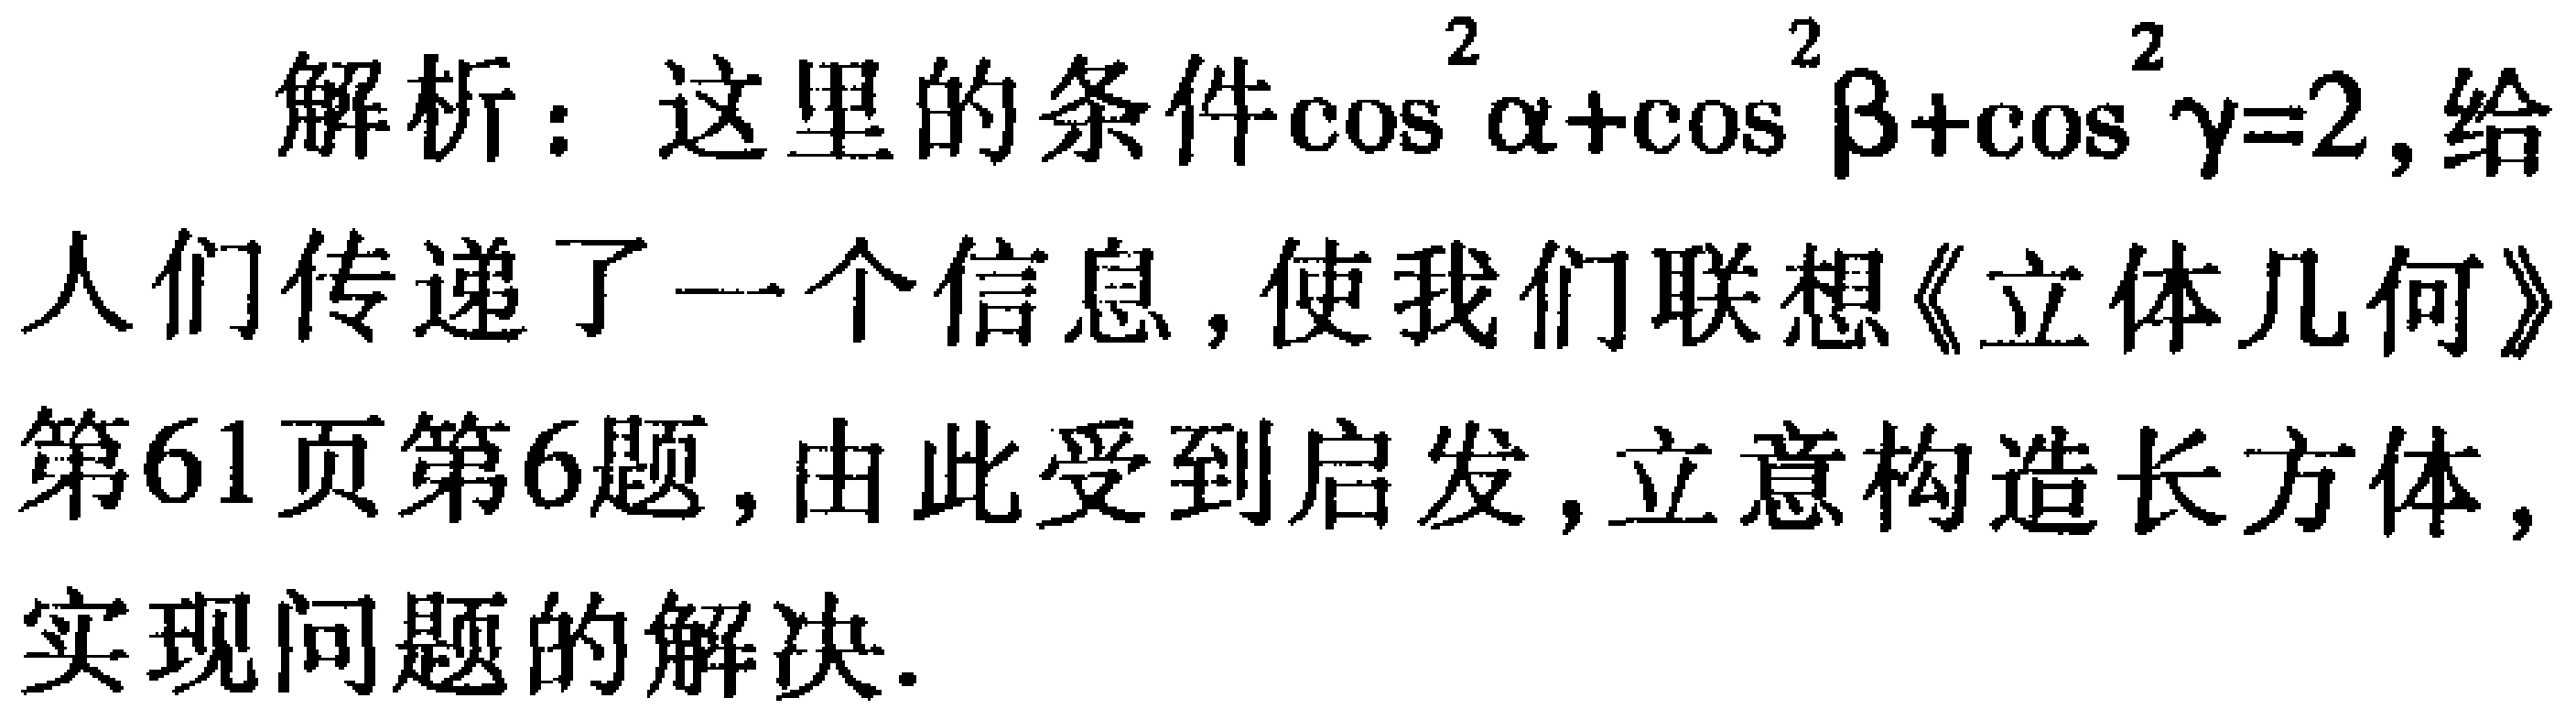
解析：这里的条件\(\cos^{2}\alpha+\cos^{2}\beta+\cos^{2}\gamma = 2\)，给人们传递了一个信息，使我们联想《立体几何》第61页第6题，由此受到启发，立意构造长方体，实现问题的解决.